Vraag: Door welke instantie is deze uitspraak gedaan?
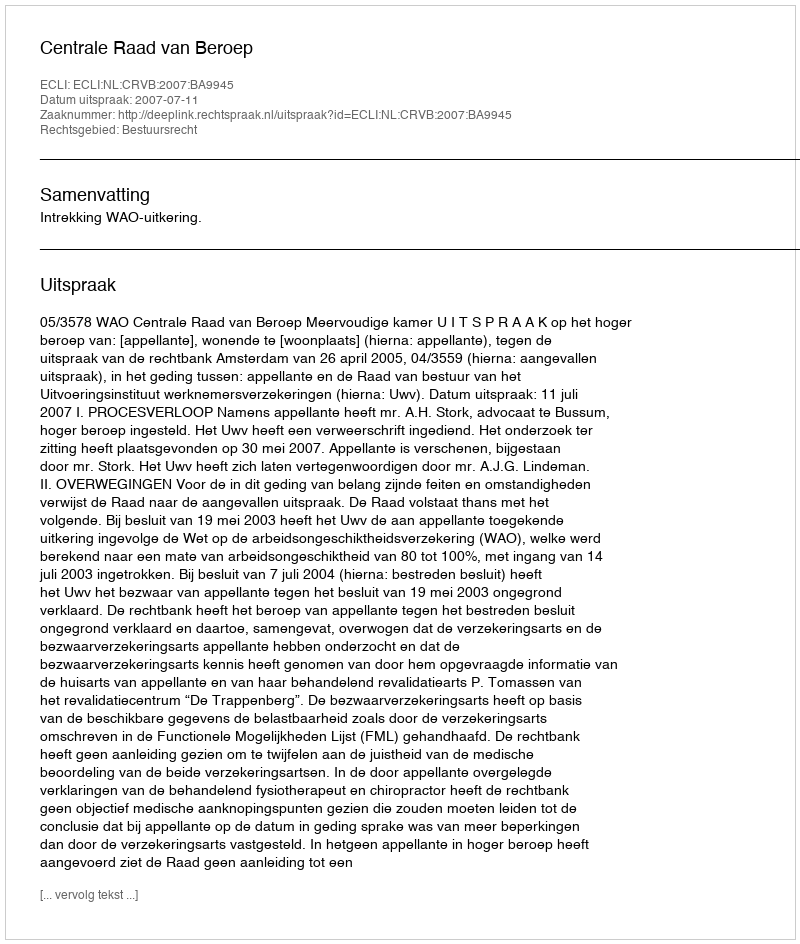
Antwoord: Centrale Raad van Beroep